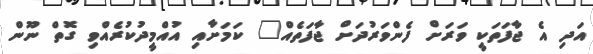
އަދި އެ ޖާފަތަކީ ވަަރަށް ފެންވަރުދަށް ޖާފަތެއް" ކަމަށާއި އުއްމީދުކުރެއްވި ގޮތް ނޫން